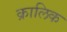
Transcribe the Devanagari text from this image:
क्रालिक